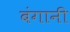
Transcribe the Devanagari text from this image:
बंगानी